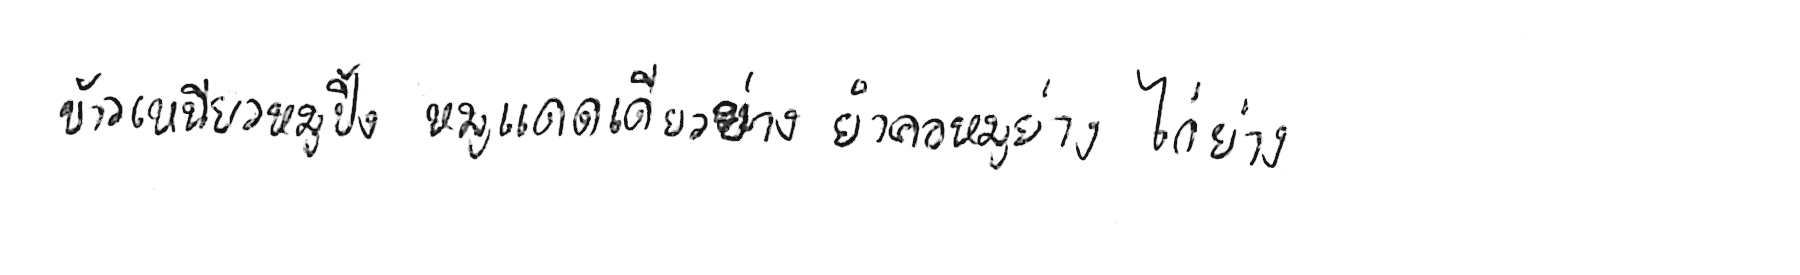
ข้าวเหนียวหมูปิ้ง หมูแดดเดียวย่าง ยำคอหมูย่าง ไก่ย่าง